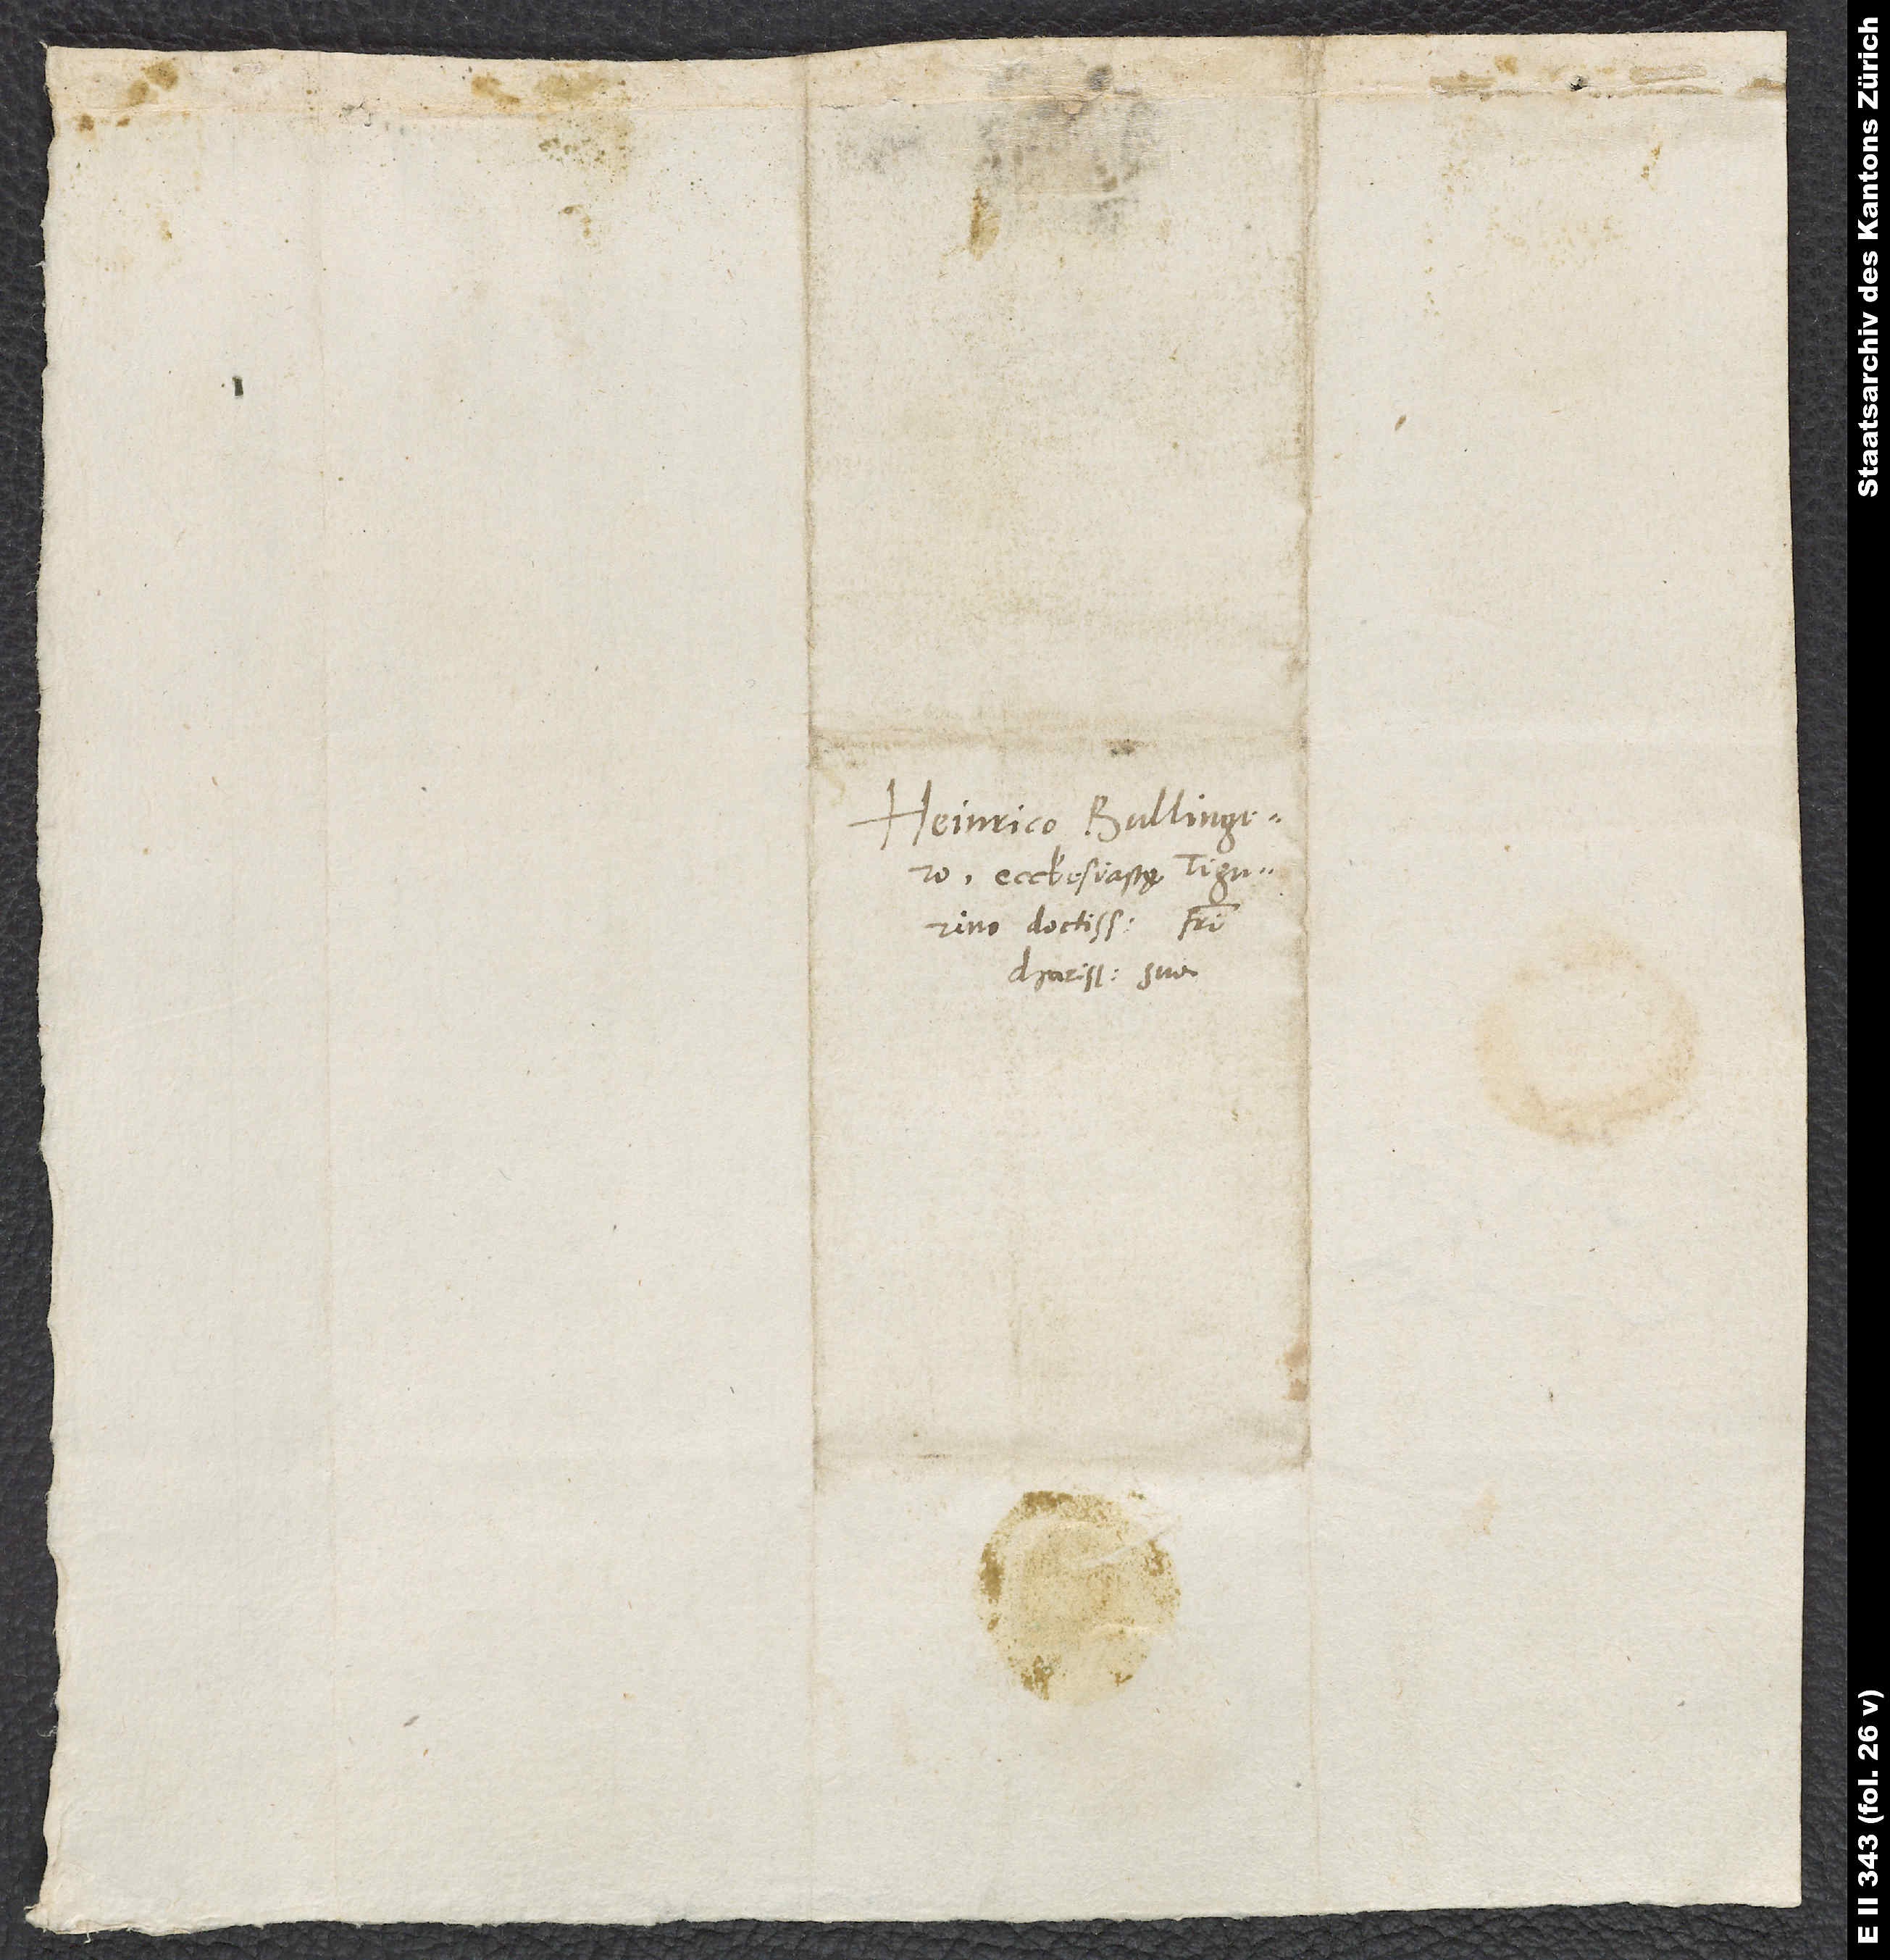
Heinrico Bullingero,
ecclesiastę Tigurino
doctissimo, fratri
charissimo suo.